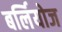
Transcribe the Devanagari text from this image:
बर्लियोज